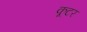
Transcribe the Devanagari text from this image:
कूटर